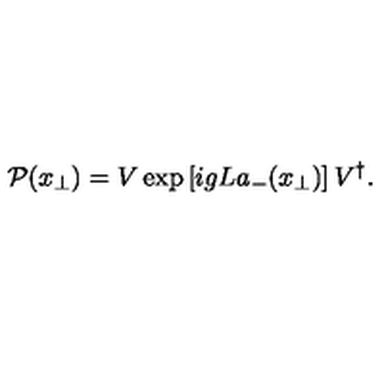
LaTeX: { \cal P } ( { x } _ { \bot } ) = V \exp \left[ i g L a _ { - } ( x _ { \bot } ) \right] V ^ { \dagger } .